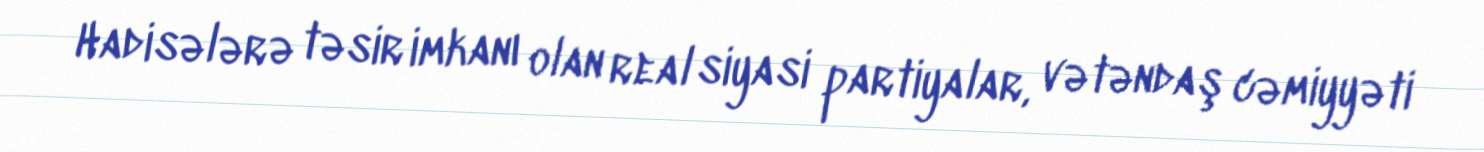
Hadisələrə təsir imkanı olan real siyasi partiyalar, vətəndaş cəmiyyəti